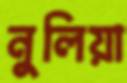
নুলিয়া